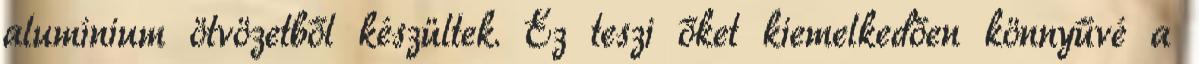
alumínium ötvözetből készültek. Ez teszi őket kiemelkedően könnyűvé a